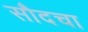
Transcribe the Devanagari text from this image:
सौदचा